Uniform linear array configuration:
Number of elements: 4
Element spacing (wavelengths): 0.5
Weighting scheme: cosine
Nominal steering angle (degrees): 45
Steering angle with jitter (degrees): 43.165
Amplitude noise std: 0.05
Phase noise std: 0.05

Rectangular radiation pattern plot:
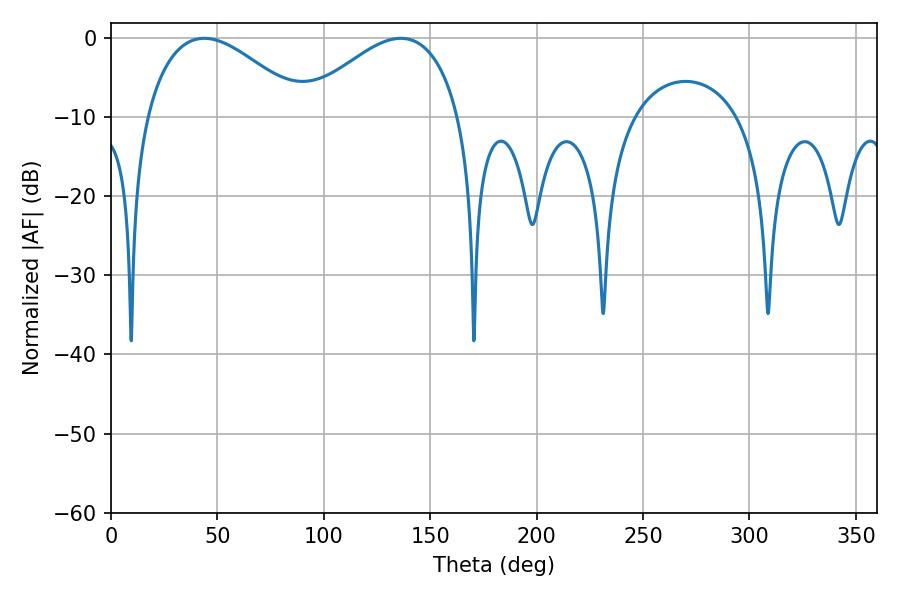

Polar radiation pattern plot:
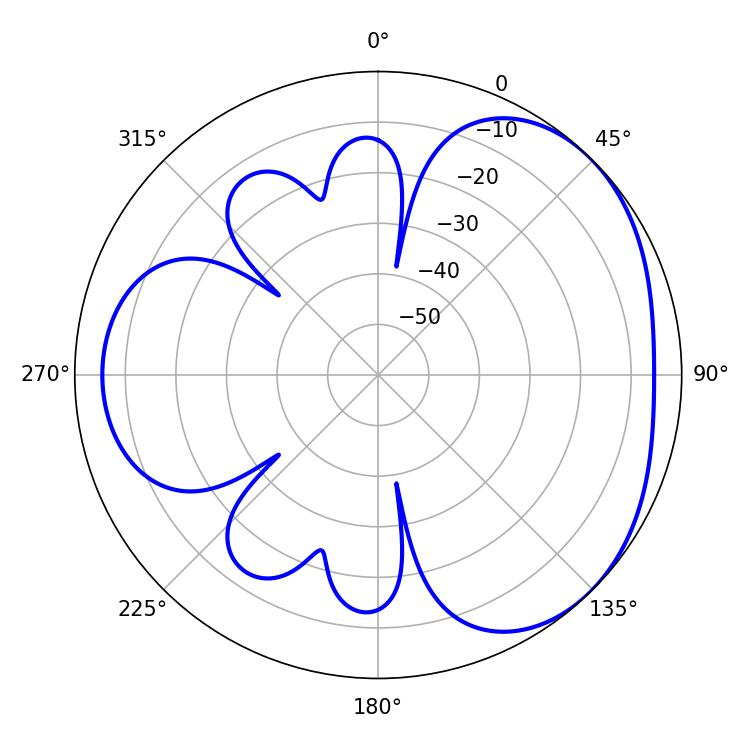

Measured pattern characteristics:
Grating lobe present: FALSE
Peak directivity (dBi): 3.388
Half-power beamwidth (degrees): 40.86
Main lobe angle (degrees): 43.74